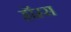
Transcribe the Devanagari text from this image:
हॉम्स